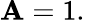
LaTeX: \mathbf{A}=1.